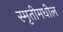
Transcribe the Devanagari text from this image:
स्मृतीमधील